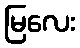
မြလေး